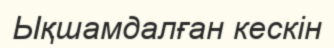
Ықшамдалған кескін